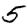
Digit: 5